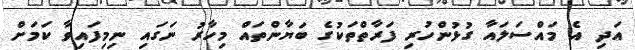
އަދި އެ މައްސަލައާ ގުޅުންހުރި ފަރާތްތަކުގެ ބަޔާންތައް މިހާރު ނަގައި ނިމިފައިވާ ކަމަށް